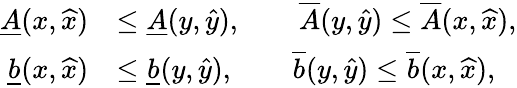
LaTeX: \begin{array}{rl}{\underline{{A}}(x,\widehat{x})}&{\le\underline{{A}}(y,\widehat{y}),\qquad\overline{{A}}(y,\widehat{y})\le\overline{{A}}(x,\widehat{x}),}\\ {\underline{{b}}(x,\widehat{x})}&{\le\underline{{b}}(y,\widehat{y}),\qquad\overline{{b}}(y,\widehat{y})\le\overline{{b}}(x,\widehat{x}),}\end{array}